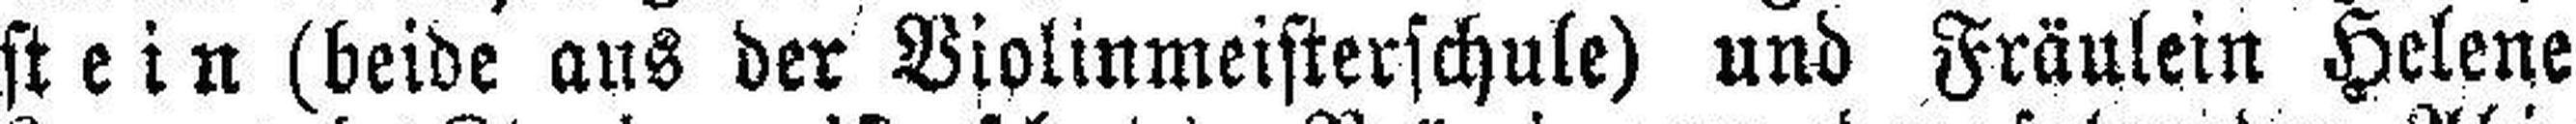
stein (beide aus der Violinmeisterschule) und Fräulein Helene